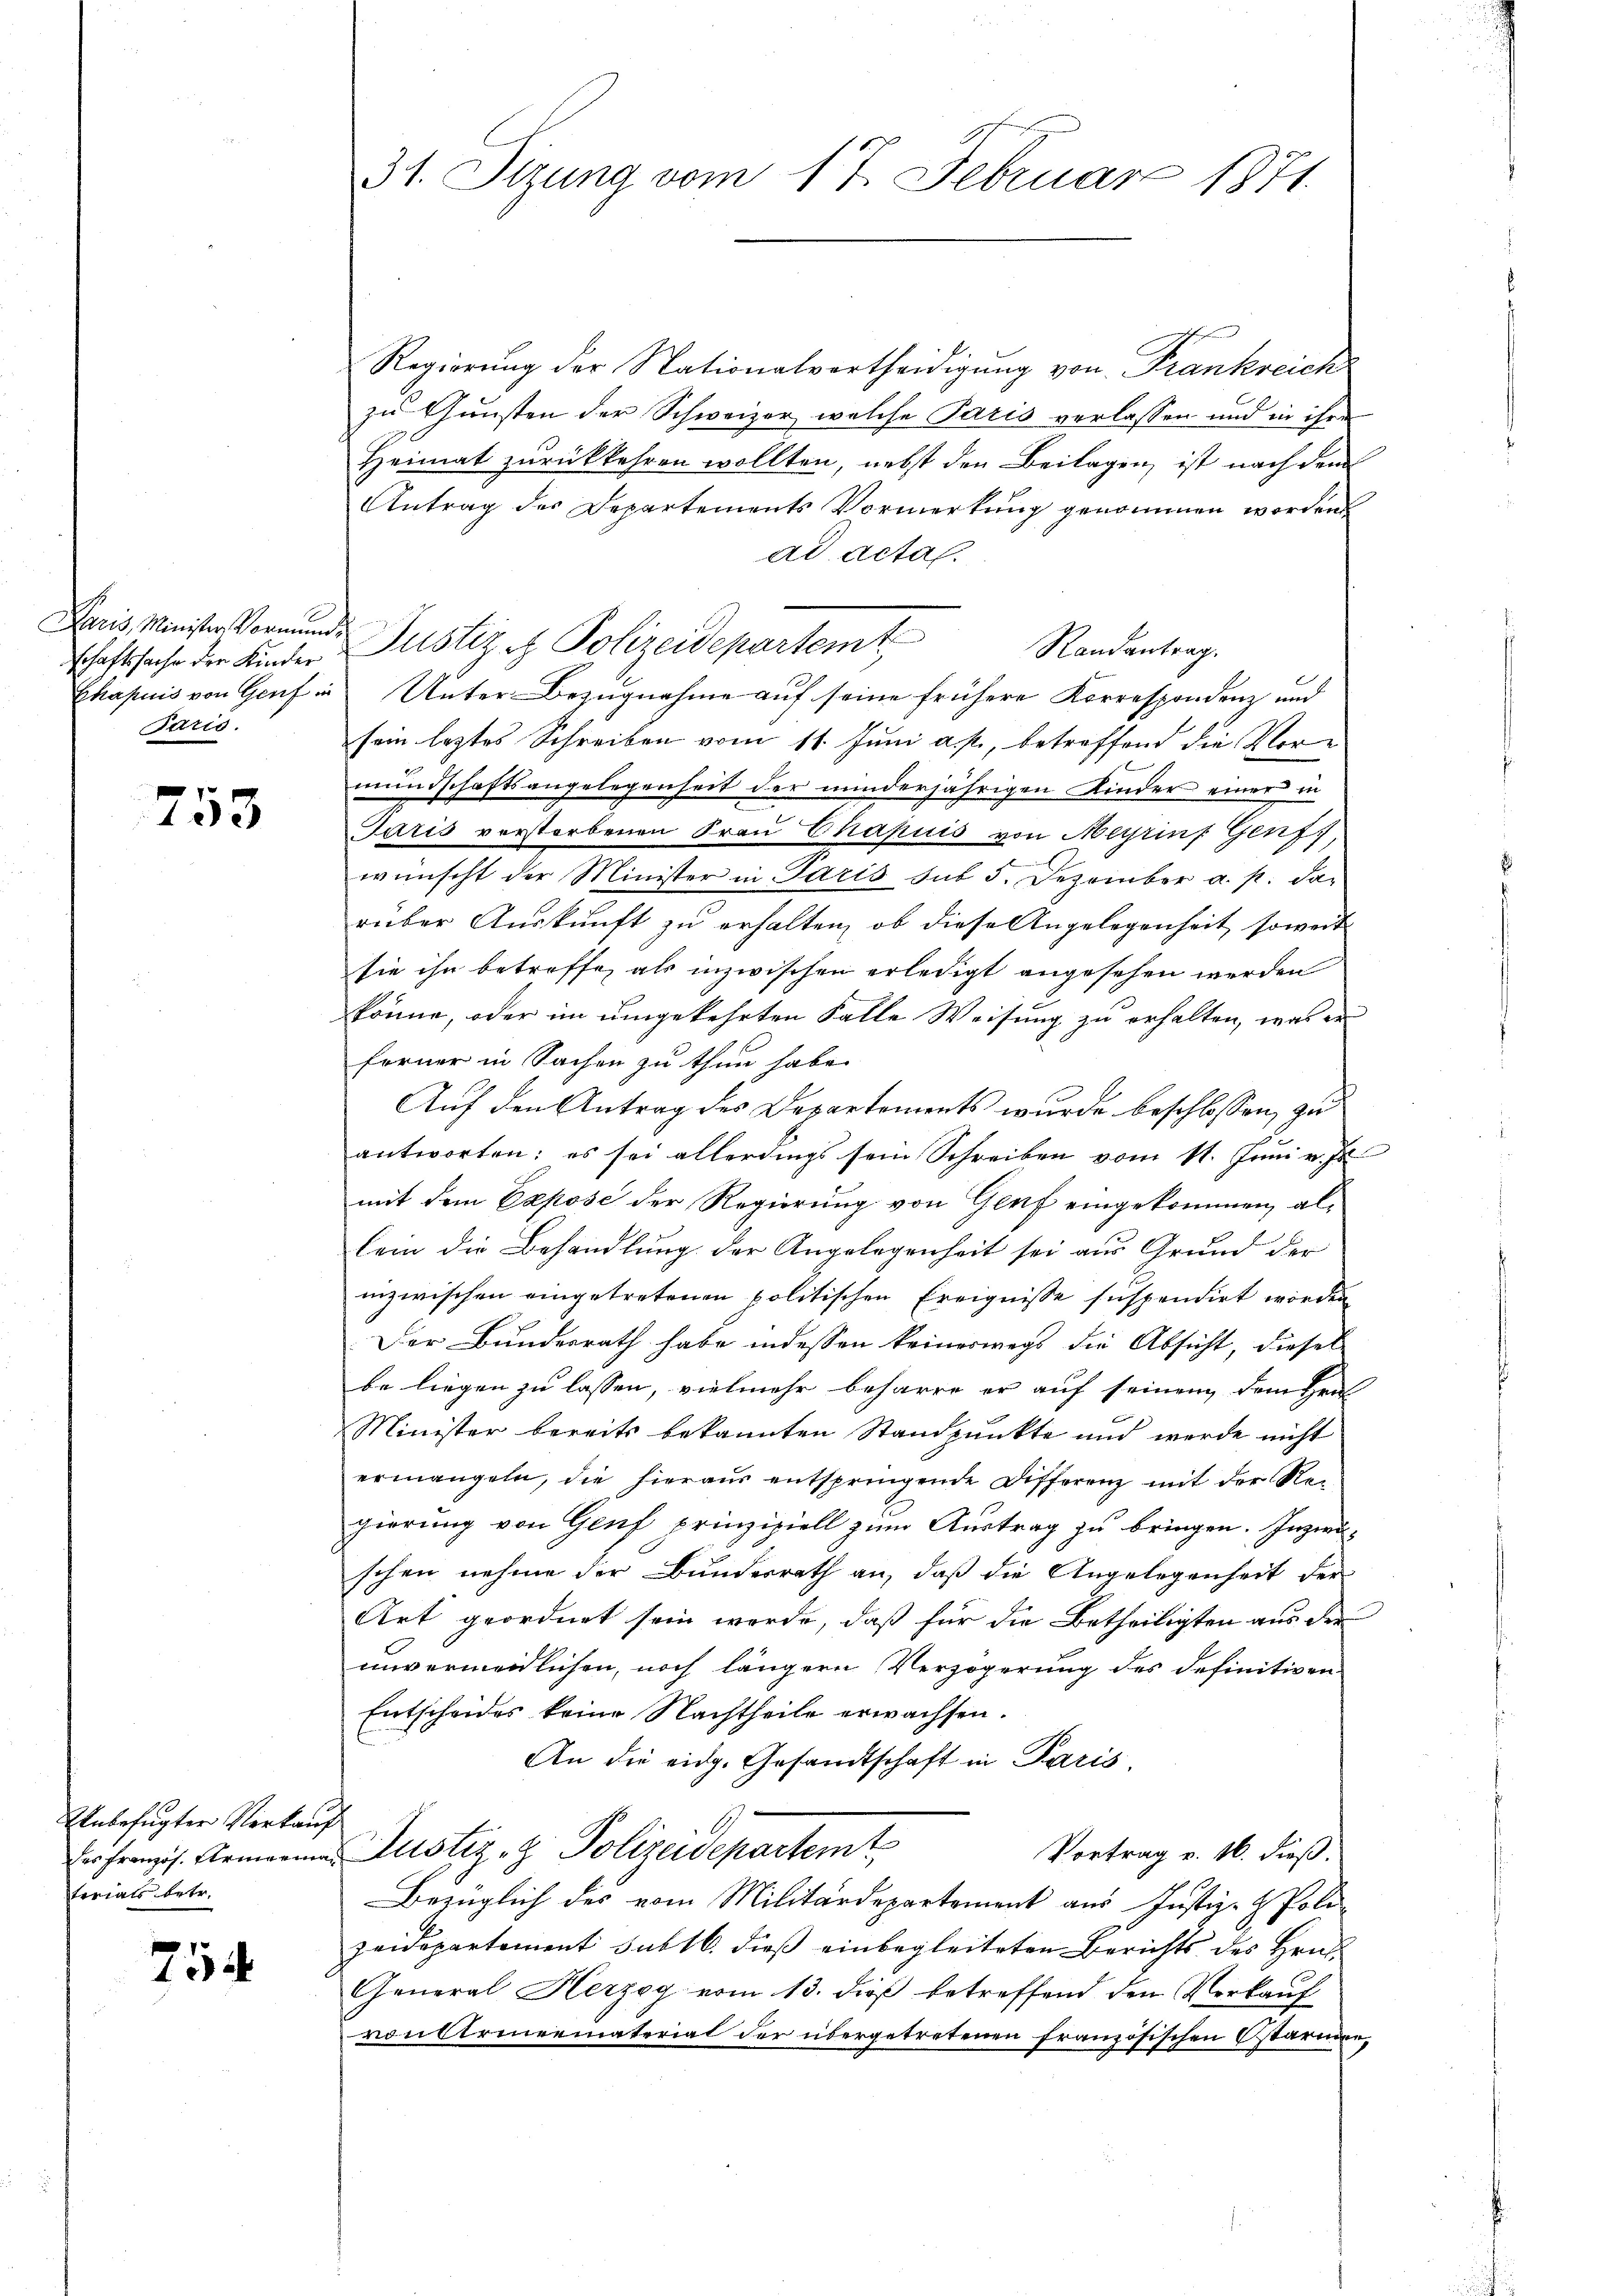
schaftssache der Kinder
Paris.

753

nbefugter Verkauf
terials betr.

754

31. Sizung vom 17. Februar 1871.

Regierung der Nationalvertheidigung von Frankreich
zu Gunsten der Schweizer, welche Paris verlassen und in ihre
Heimat zurückkehren wollten, nebst den Beilagen, ist nach dem
Antrag des Departements Vormerkung genommen worden
ad acta.
Paris Minister Vormunde Justiz & Polizeidepartemt
Randantrag.
Chapuis von Genf in Unter Bezugnahme auf seine frühere Korrespondenz und
sein leztes Schreiben vom 11. Juni a. p., betreffend die Ver
mundschaftsangelegenheit der minderjährigen Kinder einer in
Jaris verstorbenen Frau Chapuis von Meyrinf Genf),
wünscht der Minister in Paris sub 5. Dezember a. p. das
rüber Auskunft zu erhalten, ob diese Angelegenheit soweit
sie ihn betroffe, als inzwischen erledigt angesehen werden
könne, oder im umgekehrten Falle Weisung zu erhalten, was er
ferner in Sachen zu thun habe.
Auf den Antrag des Departements wurde beschlossen, zu
antworten: es sei allerdings sein Schreiben vom 11. Juni v. Js
mit dem Expose der Regierung von Genf eingekommen, allein die Behandlung der Angelegenheit sei aus Grund der
inzwischen eingetretenen politischen Ereignisse suspendirt worden
Der Bundesrath habe indessen keineswegs die Absicht, diesel
be liegen zu lassen, vielmehr beharre er auf seinen dem Hrn
Minister bereits bekannten Standpŭnkte und werde nicht
ermangeln, die hieraus entspringende Differenz mit der Nei
gierung von Genf prinzipiell zum Austrag zu bringen. Inzwi-
schen nehme der Bundesrath an, daß die Angelegenheit der
Art geordnet sein werde, daß für die Betheiligten aus der
unvermeidlichen, noch längern Verzögerung des definitiven
Entscheides keine Nachtheile erwachsen.
An die eidg. Gesandtschaft in Paris.
Er französ. Gemaria Justiz- & Polizeidepartemt
Vortrag v. 16. dieß.
Bezüglich des vom Militärdepartement aus Justiz- & Poli-
zeidepartement subtl. dieß einbegleiteten Berichts des Hrn.
General Herzog vom 13. dieß betreffend den Verkauf
von Streueinateriat der übergetretenen französischen Ostarmen¬